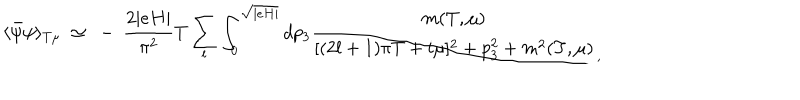
\langle \bar { \psi } \psi \rangle _ { T \mu } ~ \simeq ~ - ~ \frac { 2 \vert e H \vert } { \pi ^ { 2 } } T \sum _ { l } \int _ { 0 } ^ { \sqrt { \vert e H \vert } } d p _ { 3 } \frac { m ( T , \mu ) } { [ ( 2 l + 1 ) \pi T + i \mu ] ^ { 2 } + p _ { 3 } ^ { 2 } + m ^ { 2 } ( T , \mu ) } _ { , }